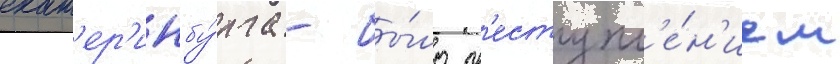
екат'ер'инбу́рга - бы́ло пр'еступл'е́н'ием